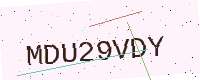
Text: MDU29VDY